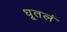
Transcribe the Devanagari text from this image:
धूतलं